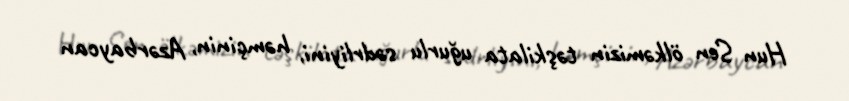
Hun Sen ölkəmizin təşkilata uğurlu sədrliyini, həmçinin, Azərbaycan